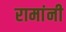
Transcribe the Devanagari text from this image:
रामांनी